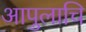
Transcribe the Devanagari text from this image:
आपुलाचि